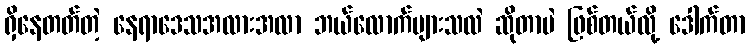
ရှိနေတတ်တဲ့ နေရာဒေသအလားအလာ ဘယ်လောက်များသလဲ ဆိုတာပဲ ဖြစ်တယ်လို့ ဒေါက်တာ